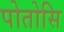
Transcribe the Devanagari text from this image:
पोतोसि